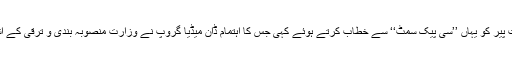
انہوں نے یہ بات پیر کو یہاں ’’سی پیک سمٹ‘‘ سے خطاب کرتے ہوئے کہی جس کا اہتمام ڈان میڈیا گروپ نے وزارت منصوبہ بندی و ترقی کے اشتراک سے کیا۔